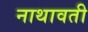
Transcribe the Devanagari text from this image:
नाथावती